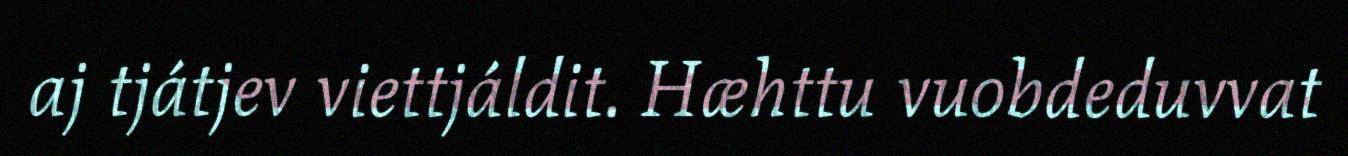
aj tjátjev viettjáldit. Hæhttu vuobdeduvvat